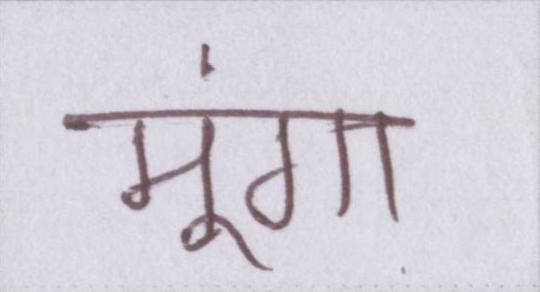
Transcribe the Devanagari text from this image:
मूंगा